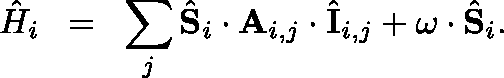
{ \hat { H } } _ { i } \; \; = \; \; \sum _ { j } \hat { \mathbf { S } } _ { i } \cdot \mathbf { A } _ { i , j } \cdot \hat { \mathbf { I } } _ { i , j } + \mathbf { \omega } \cdot \hat { \mathbf { S } } _ { i } .